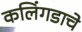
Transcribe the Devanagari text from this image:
कलिंगडाचे